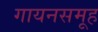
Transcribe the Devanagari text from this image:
गायनसमूह